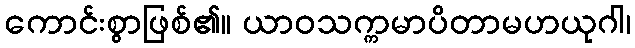
ကောင်းစွာဖြစ်၏။ ယာဝသက္ကမာပိတာမဟယုဂါ၊